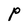
Character: P